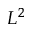
L ^ { 2 }